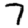
Digit: 7